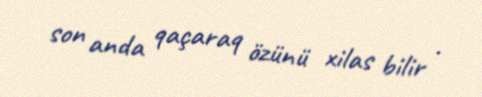
son anda qaçaraq özünü xilas bilir .